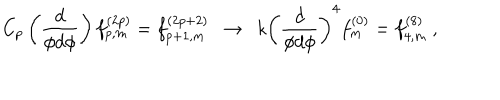
C _ { p } \left( \frac { d } { \phi d \phi } \right) f _ { p , m } ^ { ( 2 p ) } = f _ { p + 1 , m } ^ { ( 2 p + 2 ) } ~ ~ \rightarrow ~ ~ k \left( \frac { d } { \phi d \phi } \right) ^ { 4 } f _ { m } ^ { ( 0 ) } = f _ { 4 , m } ^ { ( 8 ) } \ ,